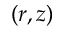
\left( r , z \right)